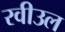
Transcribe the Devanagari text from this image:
रवीउल